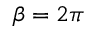
\beta = 2 \pi